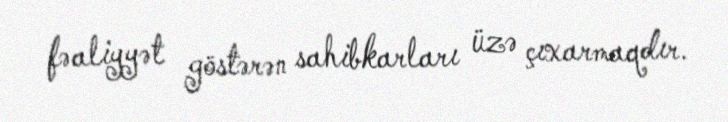
fəaliyyət göstərən sahibkarları üzə çıxarmaqdır.